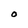
Character: O